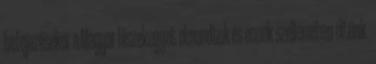
befejezésekor a Magyar Hiszekegyet elmondtuk és ennek szellemében éltünk.